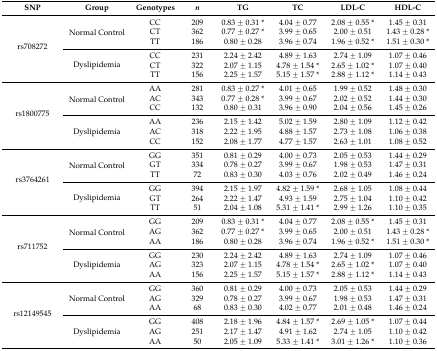
<table><thead><tr><td><b>SNP</b></td><td><b>Group</b></td><td><b>Genotypes</b></td><td><b><i>n</i></b></td><td><b>TG</b></td><td><b>TC</b></td><td><b>LDL-C</b></td><td><b>HDL-C</b></td></tr></thead><tbody><tr><td rowspan="6">rs708272</td><td rowspan="3">Normal Control</td><td>CC</td><td>209</td><td>0.83 ± 0.31 *</td><td>4.04 ± 0.77</td><td>2.08 ± 0.55 *</td><td>1.45 ± 0.31</td></tr><tr><td>CT</td><td>362</td><td>0.77 ± 0.27 *</td><td>3.99 ± 0.65</td><td>2.00 ± 0.51</td><td>1.43 ± 0.28 *</td></tr><tr><td>TT</td><td>186</td><td>0.80 ± 0.28</td><td>3.96 ± 0.74</td><td>1.96 ± 0.52 *</td><td>1.51 ± 0.30 *</td></tr><tr><td rowspan="3">Dyslipidemia</td><td>CC</td><td>231</td><td>2.24 ± 2.42</td><td>4.89 ± 1.63</td><td>2.74 ± 1.09</td><td>1.07 ± 0.46</td></tr><tr><td>CT</td><td>322</td><td>2.07 ± 1.15</td><td>4.78 ± 1.54 *</td><td>2.65 ± 1.02 *</td><td>1.07 ± 0.40</td></tr><tr><td>TT</td><td>156</td><td>2.25 ± 1.57</td><td>5.15 ± 1.57 *</td><td>2.88 ± 1.12 *</td><td>1.14 ± 0.43</td></tr><tr><td rowspan="6">rs1800775</td><td rowspan="3">Normal Control</td><td>AA</td><td>281</td><td>0.83 ± 0.27 *</td><td>4.01 ± 0.65</td><td>1.99 ± 0.52</td><td>1.48 ± 0.30</td></tr><tr><td>AC</td><td>343</td><td>0.77 ± 0.28 *</td><td>3.99 ± 0.67</td><td>2.02 ± 0.52</td><td>1.44 ± 0.30</td></tr><tr><td>CC</td><td>132</td><td>0.80 ± 0.31</td><td>3.96 ± 0.90</td><td>2.04 ± 0.56</td><td>1.45 ± 0.26</td></tr><tr><td rowspan="3">Dyslipidemia</td><td>AA</td><td>236</td><td>2.15 ± 1.42</td><td>5.02 ± 1.59</td><td>2.80 ± 1.09</td><td>1.12 ± 0.42</td></tr><tr><td>AC</td><td>318</td><td>2.22 ± 1.95</td><td>4.88 ± 1.57</td><td>2.73 ± 1.08</td><td>1.06 ± 0.38</td></tr><tr><td>CC</td><td>152</td><td>2.08 ± 1.77</td><td>4.77 ± 1.57</td><td>2.63 ± 1.01</td><td>1.08 ± 0.52</td></tr><tr><td rowspan="6">rs3764261</td><td rowspan="3">Normal Control</td><td>GG</td><td>351</td><td>0.81 ± 0.29</td><td>4.00 ± 0.73</td><td>2.05 ± 0.53</td><td>1.44 ± 0.29</td></tr><tr><td>GT</td><td>334</td><td>0.78 ± 0.27</td><td>3.99 ± 0.67</td><td>1.98 ± 0.53</td><td>1.47 ± 0.31</td></tr><tr><td>TT</td><td>72</td><td>0.83 ± 0.30</td><td>4.03 ± 0.76</td><td>2.02 ± 0.49</td><td>1.46 ± 0.24</td></tr><tr><td rowspan="3">Dyslipidemia</td><td>GG</td><td>394</td><td>2.15 ± 1.97</td><td>4.82 ± 1.59 *</td><td>2.68 ± 1.05</td><td>1.08 ± 0.44</td></tr><tr><td>GT</td><td>264</td><td>2.22 ± 1.47</td><td>4.93 ± 1.59</td><td>2.75 ± 1.04</td><td>1.10 ± 0.42</td></tr><tr><td>TT</td><td>51</td><td>2.04 ± 1.08</td><td>5.31 ± 1.41 *</td><td>2.99 ± 1.26</td><td>1.10 ± 0.35</td></tr><tr><td rowspan="6">rs711752</td><td rowspan="3">Normal Control</td><td>GG</td><td>209</td><td>0.83 ± 0.31 *</td><td>4.04 ± 0.77</td><td>2.08 ± 0.55 *</td><td>1.45 ± 0.31</td></tr><tr><td>AG</td><td>362</td><td>0.77 ± 0.27 *</td><td>3.99 ± 0.65</td><td>2.00 ± 0.51</td><td>1.43 ± 0.28 *</td></tr><tr><td>AA</td><td>186</td><td>0.80 ± 0.28</td><td>3.96 ± 0.74</td><td>1.96 ± 0.52 *</td><td>1.51 ± 0.30 *</td></tr><tr><td rowspan="3">Dyslipidemia</td><td>GG</td><td>230</td><td>2.24 ± 2.42</td><td>4.89 ± 1.63</td><td>2.74 ± 1.09</td><td>1.07 ± 0.46</td></tr><tr><td>AG</td><td>323</td><td>2.07 ± 1.15</td><td>4.78 ± 1.54 *</td><td>2.65 ± 1.02 *</td><td>1.07 ± 0.40</td></tr><tr><td>AA</td><td>156</td><td>2.25 ± 1.57</td><td>5.15 ± 1.57 *</td><td>2.88 ± 1.12 *</td><td>1.14 ± 0.43</td></tr><tr><td rowspan="6">rs12149545</td><td rowspan="3">Normal Control</td><td>GG</td><td>360</td><td>0.81 ± 0.29</td><td>4.00 ± 0.73</td><td>2.05 ± 0.53</td><td>1.44 ± 0.29</td></tr><tr><td>AG</td><td>329</td><td>0.78 ± 0.27</td><td>3.99 ± 0.67</td><td>1.98 ± 0.53</td><td>1.47 ± 0.31</td></tr><tr><td>AA</td><td>68</td><td>0.83 ± 0.30</td><td>4.02 ± 0.77</td><td>2.01 ± 0.48</td><td>1.46 ± 0.24</td></tr><tr><td rowspan="3">Dyslipidemia</td><td>GG</td><td>408</td><td>2.18 ± 1.96</td><td>4.84 ± 1.57 *</td><td>2.69 ± 1.05 *</td><td>1.07 ± 0.44</td></tr><tr><td>AG</td><td>251</td><td>2.17 ± 1.47</td><td>4.91 ± 1.62</td><td>2.74 ± 1.05</td><td>1.10 ± 0.42</td></tr><tr><td>AA</td><td>50</td><td>2.05 ± 1.09</td><td>5.33 ± 1.41 *</td><td>3.01 ± 1.26 *</td><td>1.10 ± 0.36</td></tr></tbody></table>